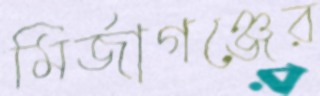
মির্জাগঞ্জের